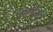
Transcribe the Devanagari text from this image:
येऊन्बीव्हर